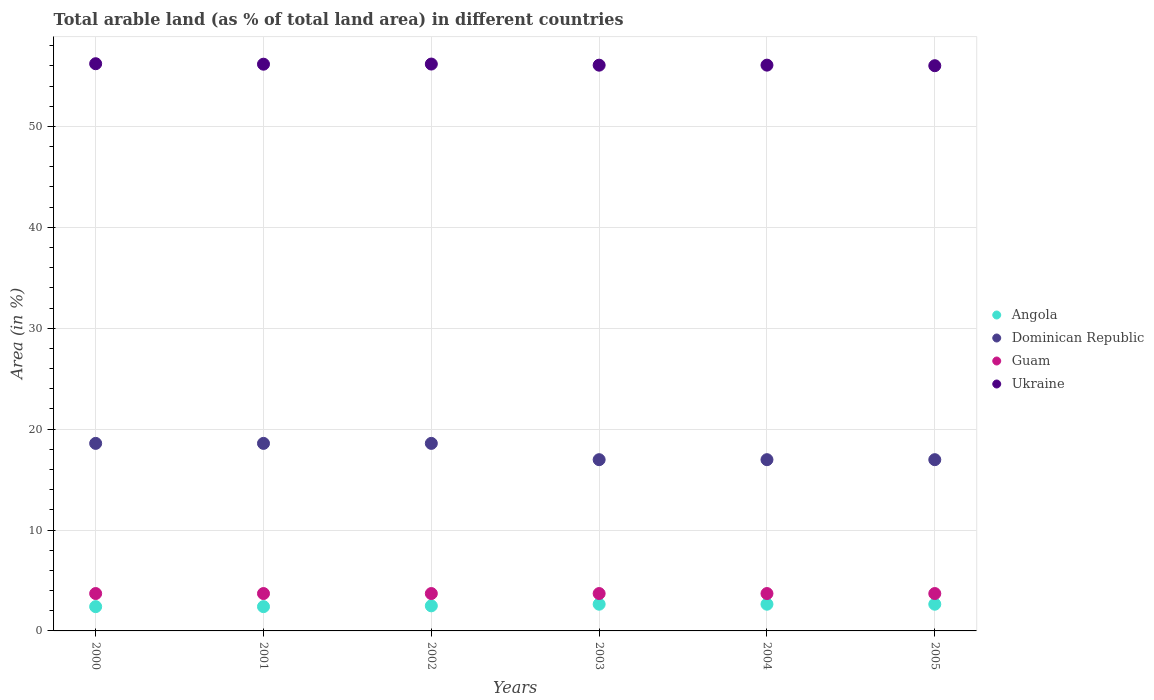
| Years | Angola | Dominican Republic | Guam | Ukraine |
 | --- | --- | --- | --- | --- |
 | 2000 | 2.41 | 18.6 | 3.7 | 56.2 |
 | 2001 | 2.41 | 18.6 | 3.7 | 56.2 |
 | 2002 | 2.49 | 18.6 | 3.7 | 56.2 |
 | 2003 | 2.65 | 17 | 3.7 | 56.1 |
 | 2004 | 2.65 | 17 | 3.7 | 56.1 |
 | 2005 | 2.65 | 17 | 3.7 | 56 |